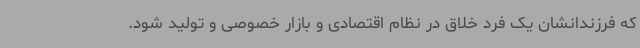
که فرزندانشان یک فرد خلاق در نظام اقتصادی و بازار خصوصی و تولید شود.